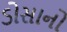
ડોસાનો